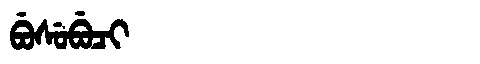
Manchu: ᠪᡠᠰᡠᠪᡠᠴᡳ
Romanization: BUSUBUCI